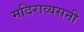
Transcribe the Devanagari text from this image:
मदिराव्यसनी